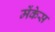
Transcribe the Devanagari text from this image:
मेंकेस